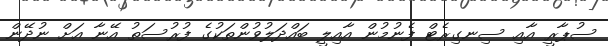
ސުޕާރީ އާއި ސިނގިރެޓް ފެނުމުން އާއިލީ ބައްދަލުވުންތަކުގެ ފުރުސަތު އޭނާ އަށް ނުދޭން